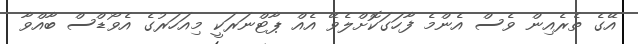
އޭގެ ތެރެއިން ވެސް އެންމެ ފާހަގަކޮށްލެވޭ އެއް ޕާޓްނަރަކީ މިއަހަރުގެ އެވޯޑްސް ބާއްވާ